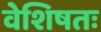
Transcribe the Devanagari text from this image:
वेशिषतः